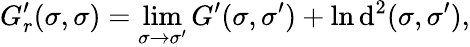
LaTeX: G_{r}^{\prime}(\sigma,\sigma)=\operatorname*{lim}_{\sigma\rightarrow\sigma^{\prime}}G^{\prime}(\sigma,\sigma^{\prime})+\ln\mathrm{d}^{2}(\sigma,\sigma^{\prime}),